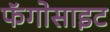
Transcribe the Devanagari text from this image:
फॅगोसाइट